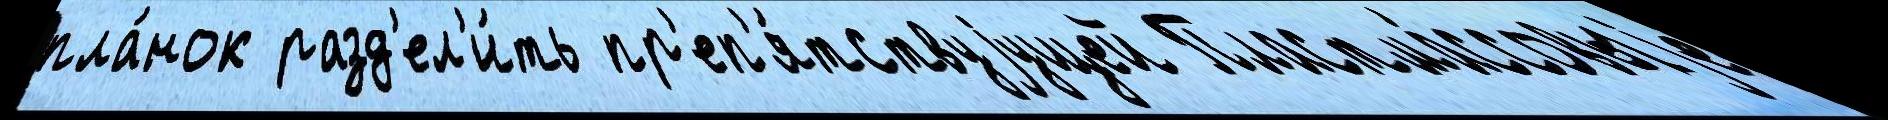
пла́нок разд'ел'и́ть пр'еп'я́тствуjущей Пластма́ссовыjе